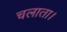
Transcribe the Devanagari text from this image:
चलाता।